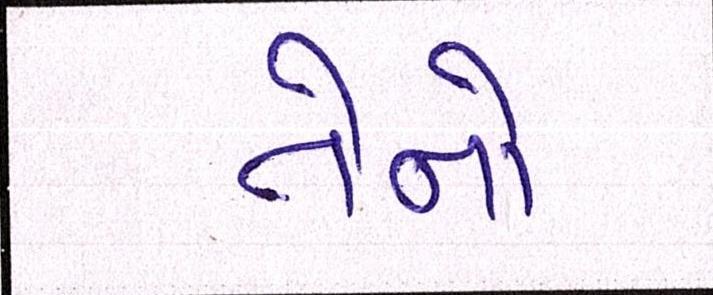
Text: તેનો